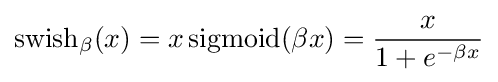
\operatorname {swish} _{\beta }(x)=x\operatorname {sigmoid} (\beta x)={\frac {x}{1+e^{-\beta x}}}